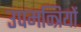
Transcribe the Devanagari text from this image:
उपमन्त्रियों